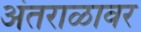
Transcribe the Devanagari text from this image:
अंतराळावर